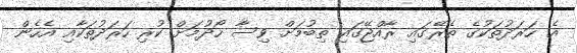
އެ ހަރަދުތަކުގެ ތެރޭގައި ރާއްޖޭގައި ތިބުމަށް ވިސާ ހޯދުމަށް ކުރި ހަރަދުތަކާއި އެހެން